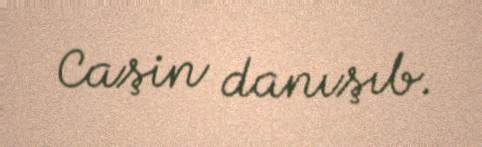
Caşin danışıb.